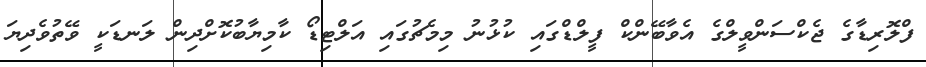
ފްލޮރިޑާގެ ޖެކްސަންވީލްގެ އެވާބޭންކް ފީލްޑްގައި ކުޅުނު މިމެޗުގައި އަލްޓިޑޯ ކާމިޔާބުކޮށްދިން ލަނޑަކީ ވޭތުވެދިޔަ